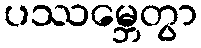
ပဿမ္ဘေတွာ